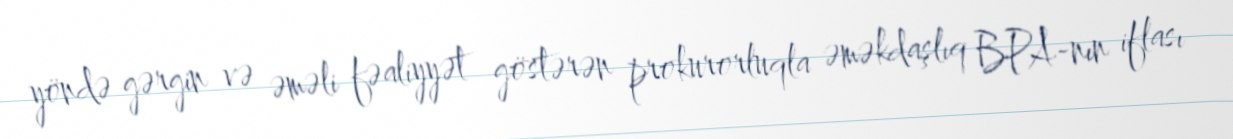
yöndə gərgin və əməli fəaliyyət göstərən prokurorluqla əməkdaşlıq BPA-nın iflası